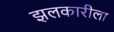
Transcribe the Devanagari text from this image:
झलकारीला